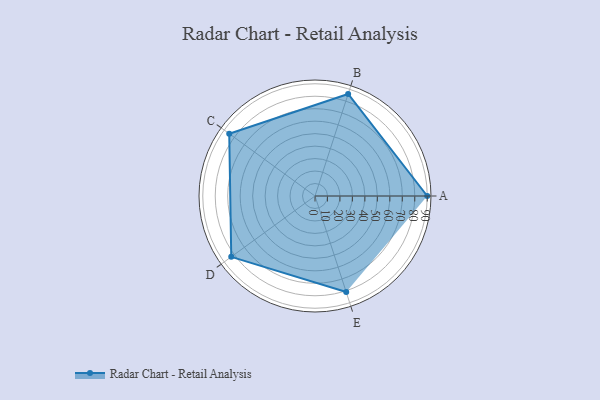
{"axis": {"x": "Skill", "y": "Score"}, "legend": ["Profile"], "data": [{"x": "A", "y": 90.0, "type": "Profile"}, {"x": "B", "y": 86.0, "type": "Profile"}, {"x": "C", "y": 85.0, "type": "Profile"}, {"x": "D", "y": 83.0, "type": "Profile"}, {"x": "E", "y": 81.0, "type": "Profile"}]}